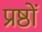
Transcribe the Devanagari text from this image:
प्रष्ठों